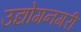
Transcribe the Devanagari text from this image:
उद्योगनगरी